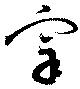
宰